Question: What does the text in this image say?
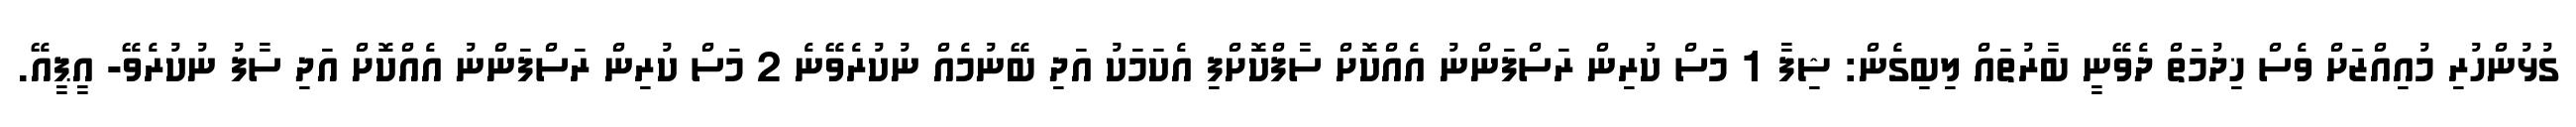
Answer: ގުޅުންހުރި މުއިއްޒަށް ވެސް ޚިދުމަތް ދެވޭނީ ބާރުތައް ލިބިގެން: ޝިފާ 1 މަސް ކުރިން ރަސްފަންނު އެއްކޮށް ސާފްކޮށްފި އެކަމަކު އަދި ބޭނުމެއް ނުކުރެވޭނެ 2 މަސް ކުރިން ރަސްފަންނު އެއްކޮށް އަދި ސާފު ނުކުރެވޭ- އީޕީއޭ.